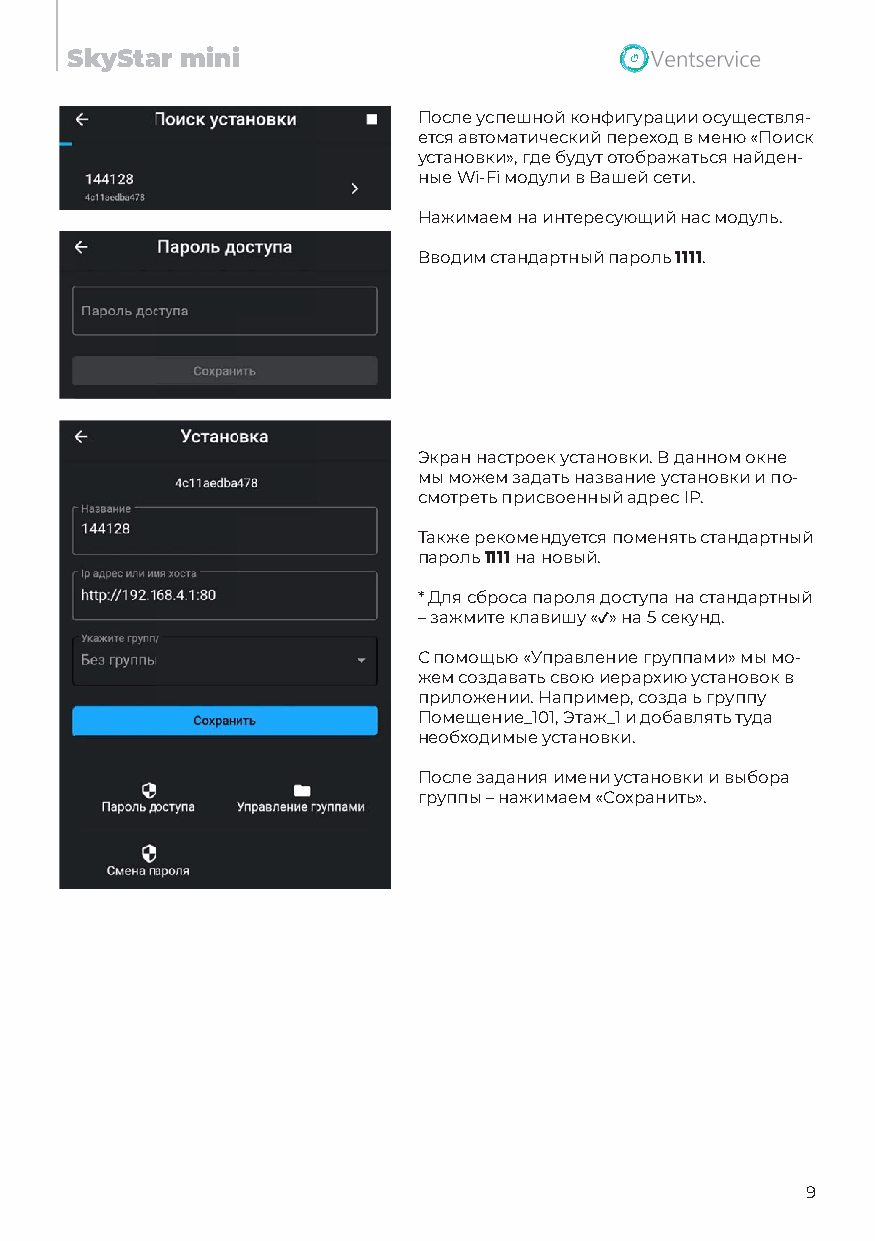
SkyStar mini
 После успешной конфигурации осуществля-
 ется автоматический переход в меню «Поиск
 установки», где будут отображаться найден-
 ные Wi-Fi модули в Вашей сети.
 Нажимаем на интересующий нас модуль.
 Вводим стандартный пароль 1111.
 Экран настроек установки. В данном окне
 мы можем задать название установки и по-
 смотреть присвоенный адрес IP.
 Также рекомендуется поменять стандартный
 пароль 1111 на новый.
 *Для сброса пароля доступа на стандартный
 –зажмите клавишу «✓» на 5 секунд.
 С помощью «Управление группами» мы мо-
 жем создавать свою иерархию установок в
 приложении. Например, созда ь группу
 Помещение_101, Этаж_1 и добавлять туда
 необходимые установки.
 После задания имени установки и выбора
 группы – нажимаем «Сохранить».
 9